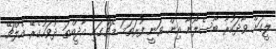
ލީގަށް ވާދަކުރާ ބާސެލޯނާ އިން ވަނީ ފުރަތަމަ މެޗުގައި އާދީއްތަ ދުވަހުގެރޭ އެލްޗޭ